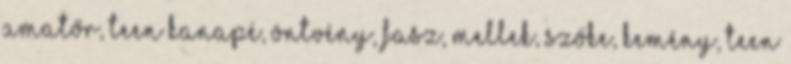
amatőr, teen kanapé, öntvény, fasz, mellek, szőke, kemény, teen